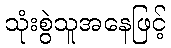
သုံးစွဲသူအနေဖြင့်